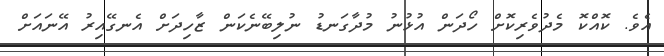
އެވެ. ކޮއްކޮ މެދުވެރިކޮށް ހޯދަން އުޅުނު މުދާގަނޑު ނުލިބޭނެކަން ޒާހިދަށް އެނގޭއިރު އޭނައަށް